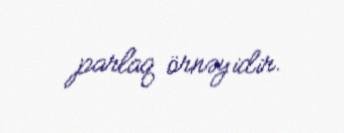
parlaq örnəyidir.